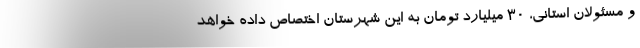
و مسئولان استانی، ۳۰ میلیارد تومان به این شهرستان اختصاص داده خواهد